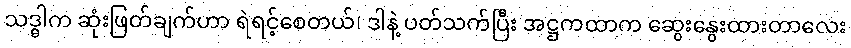
သဒ္ဓါက ဆုံးဖြတ်ချက်ဟာ ရဲရင့်စေတယ်၊ ဒါနဲ့ ပတ်သက်ပြီး အဋ္ဌကထာက ဆွေးနွေးထားတာလေး